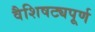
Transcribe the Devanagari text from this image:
वैशिषट्यपूर्ण